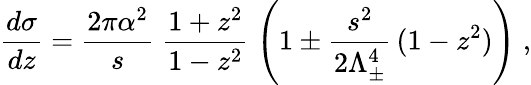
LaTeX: \frac{d\sigma}{dz}=\frac{2\pi\alpha^{2}}{s}\; \frac{1+z^{2}}{1-z^{2}}\; \left(1\pm\frac{s^{2}}{2\Lambda_{\pm}^{4}}\, (1-z^{2})\right)\; ,